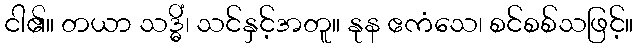
ငါ၏။ တယာ သဒ္ဓိံ၊ သင်နှင့်အတူ။ နုန ဧကံသေ၊ စင်စစ်သဖြင့်။